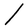
Character: l